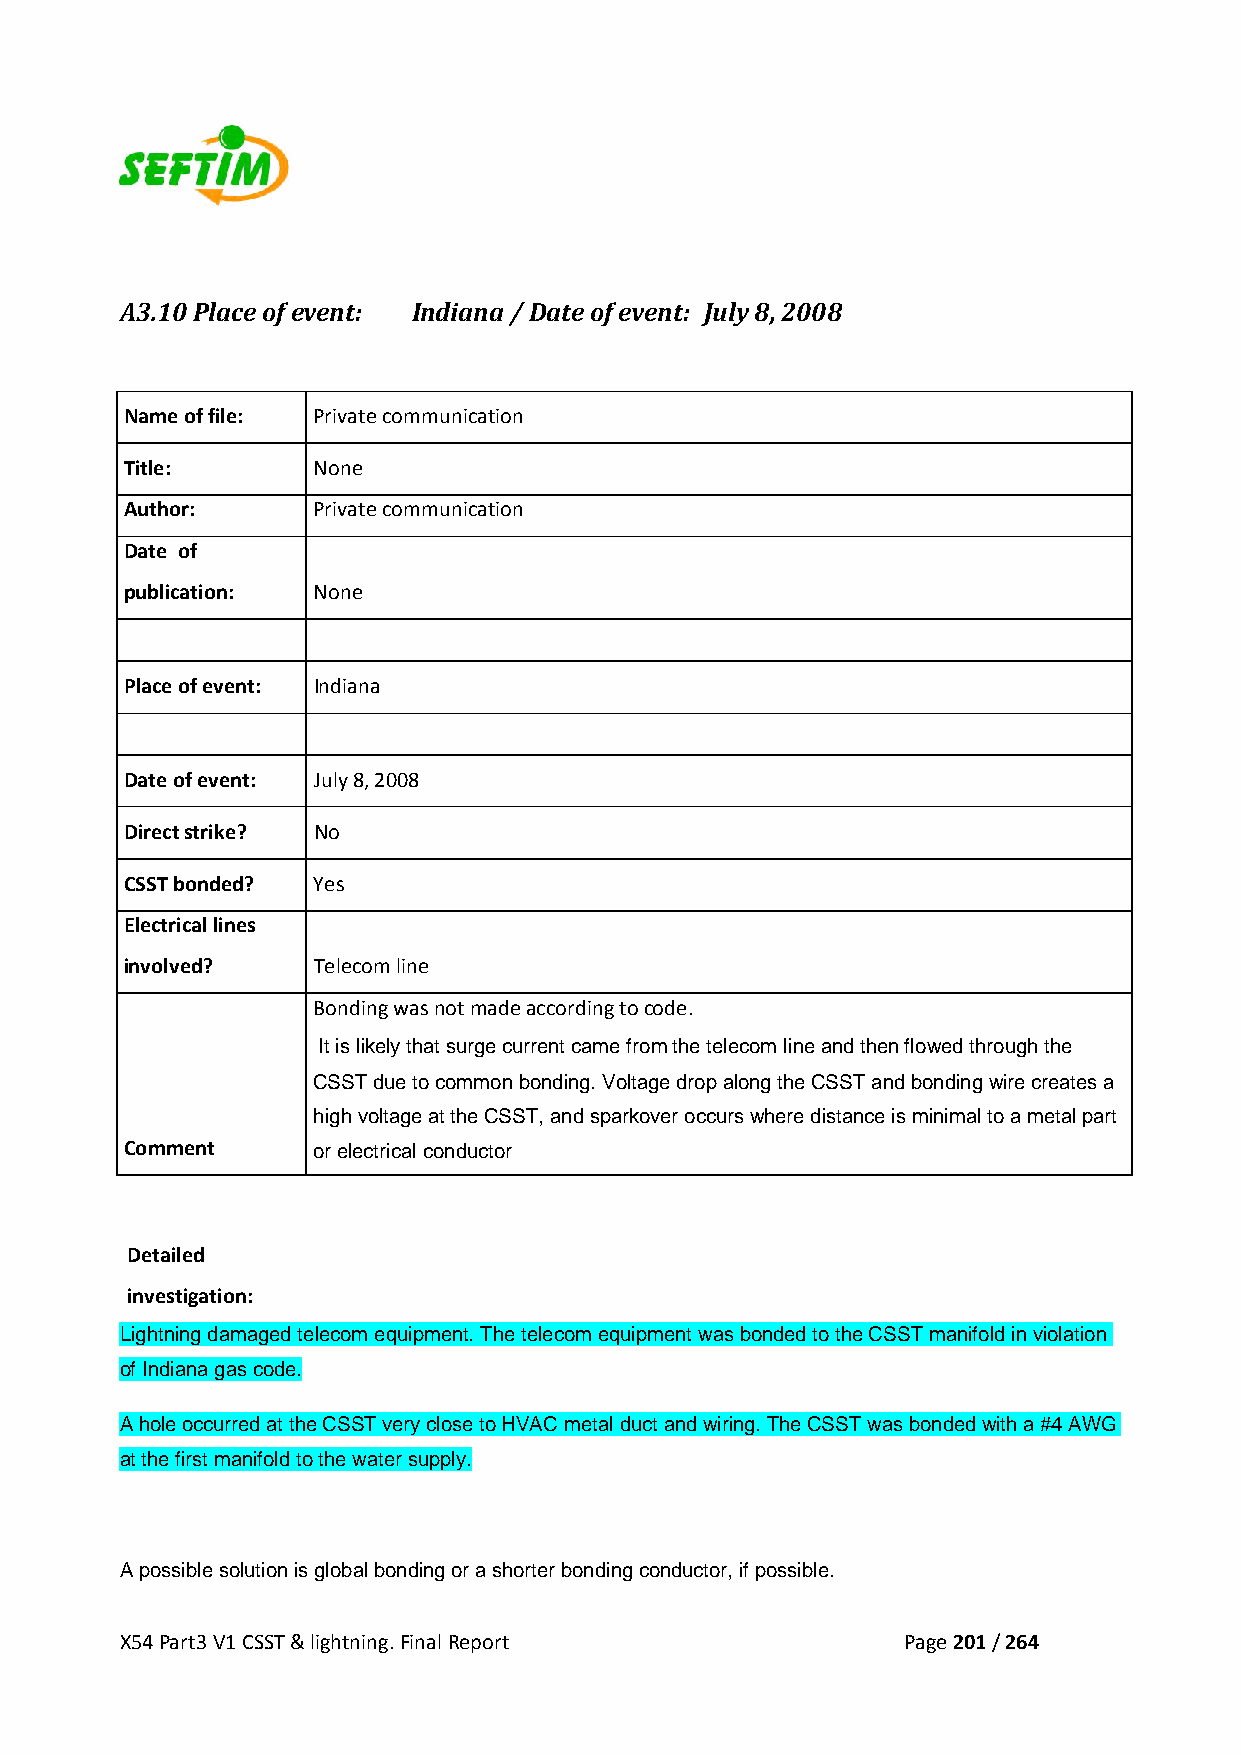
A3.10 Place of event: Indiana / Date of event: July 8, 2008
 Name of file: Private communication
 Title:       None
 Author:      Private communication
 Date of
 publication: None
 Place of event: Indiana
 Date of event: July 8, 2008
 Direct strike? No
 CSST bonded? Yes
 Electrical lines
 involved?    Telecom line
 Bonding was not made according to code.
 It is likely that surge current came from the telecom line and then flowed through the
 CSST due to common bonding. Voltage drop along the CSST and bonding wire creates a
 high voltage at the CSST, and sparkover occurs where distance is minimal to a metal part
 Comment      or electrical conductor
 Detailed
 investigation:
 Lightning damaged telecom equipment. The telecom equipment was bonded to the CSST manifold in violation
 of Indiana gas code.
 A hole occurred at the CSST very close to HVAC metal duct and wiring. The CSST was bonded with a #4 AWG
 at the first manifold to the water supply.
 A possible solution is global bonding or a shorter bonding conductor, if possible.
 X54 Part3 V1 CSST & lightning. Final Report         Page 201 / 264